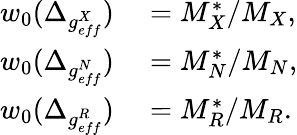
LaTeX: \begin{array}{rl}{w_{0}(\Delta_{g_{eff}^{X}})}&{{}=M_{X}^{*}/M_{X},}\\ {w_{0}(\Delta_{g_{eff}^{N}})}&{{}=M_{N}^{*}/M_{N},}\\ {w_{0}(\Delta_{g_{eff}^{R}})}&{{}=M_{R}^{*}/M_{R}.}\end{array}